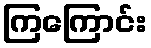
ကြကြောင်း